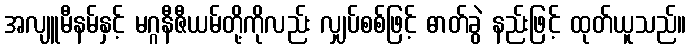
အလျူမီနမ်နှင့် မဂ္ဂနီဇီယမ်တို့ကိုလည်း လျှပ်စစ်ဖြင့် ဓာတ်ခွဲ နည်းဖြင့် ထုတ်ယူသည်။